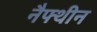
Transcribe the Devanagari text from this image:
नैफ्थीन